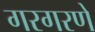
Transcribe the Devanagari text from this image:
गरगरणे